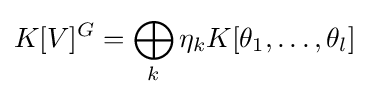
K[V]^{G}=\bigoplus _{k}\eta _{k}K[\theta _{1},\dots ,\theta _{l}]